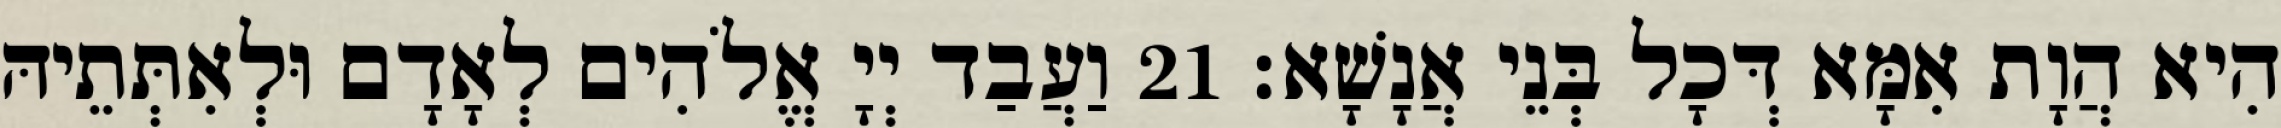
הִיא הֲוָת אִמָּא דְּכָל בְּנֵי אֲנָשָׁא׃ 21 וַעֲבַד יְיָ אֱלֹהִים לְאָדָם וּלְאִתְּתֵיהּ